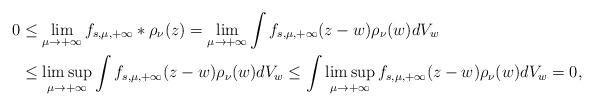
LaTeX: \begin{align*} 0&\leq\lim_{\mu\to+\infty}f_{s,\mu,+\infty}\ast\rho_\nu(z)=\lim_{\mu\to+\infty}\int f_{s,\mu,+\infty}(z-w)\rho_\nu(w)dV_w\\ &\leq\limsup_{\mu\to+\infty}\int f_{s,\mu,+\infty}(z-w)\rho_\nu(w)dV_w\leq\int\limsup_{\mu\to+\infty} f_{s,\mu,+\infty}(z-w)\rho_\nu(w)dV_w=0, \end{align*}